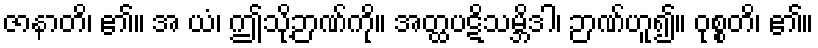
ဇာနာတိ၊ ၏။ အ ယံ၊ ဤသို့ဉာဏ်ကို။ အတ္ထပဋိသမ္ဘိဒါ၊ ဉာဏ်ဟူ၍။ ဝုစ္စတိ၊ ၏။